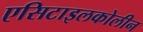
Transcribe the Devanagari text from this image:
एसिटाइलकोलीन